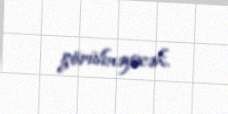
görülməyəcək.